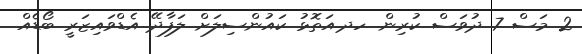
2 މަސް 7 ދުވަސް ކުރިން. ހދ.އަތޮޅު ކައުންސިލަށް ލަފާދޭ އެޑްވައިޒަރީ ބޯޑެއް